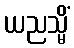
ယညသ္မိံ